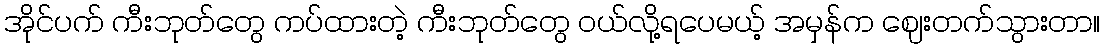
အိုင်ပက် ကီးဘုတ်တွေ ကပ်ထားတဲ့ ကီးဘုတ်တွေ ဝယ်လို့ရပေမယ့် အမှန်က ဈေးတက်သွားတာ။